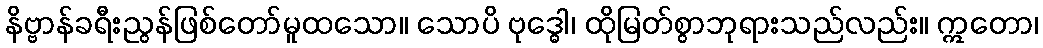
နိဗ္ဗာန်ခရီးညွန်ဖြစ်တော်မူထသော။ သောပိ ဗုဒ္ဓေါ၊ ထိုမြတ်စွာဘုရားသည်လည်း။ ဣတော၊